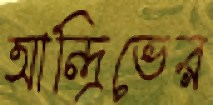
আন্দ্রিভের